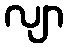
လျာ